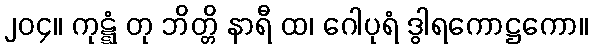
၂၀၄။ ကုဋ္ဋံ တု ဘိတ္တိ နာရီ ထ၊ ဂေါပုရံ ဒွါရကောဋ္ဌကော။